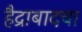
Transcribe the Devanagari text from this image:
हैद्राबादचा